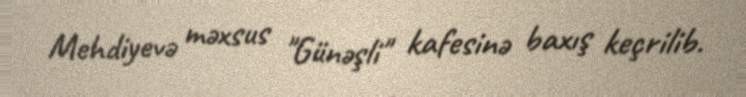
Mehdiyevə məxsus "Günəşli" kafesinə baxış keçrilib.